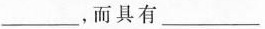
___，而具有___